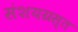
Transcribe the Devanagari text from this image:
संशयग्रस्त